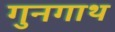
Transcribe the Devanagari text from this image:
गुनगाथ